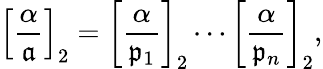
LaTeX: \left[{\frac{\alpha}{\mathfrak{a}}}\right]_{2}=\left[{\frac{\alpha}{{\mathfrak{p}}_{1}}}\right]_{2}\cdots\left[{\frac{\alpha}{{\mathfrak{p}}_{n}}}\right]_{2},